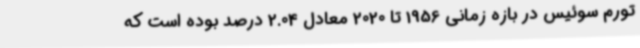
تورم سوئیس در بازه زمانی 1956 تا 2020 معادل 2.04 درصد بوده است که